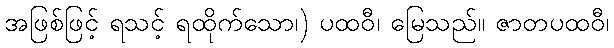
အဖြစ်ဖြင့် ရသင့် ရထိုက်သော၊) ပထဝီ၊ မြေသည်။ ဇာတပထဝီ၊